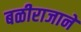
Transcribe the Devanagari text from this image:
बळीराजाने